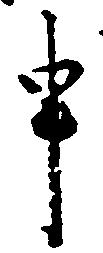
申